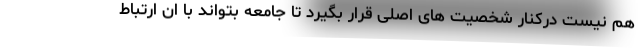
هم نیست درکنار شخصیت های اصلی قرار بگیرد تا جامعه بتواند با ان ارتباط